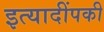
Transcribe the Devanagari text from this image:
इत्यादींपकी